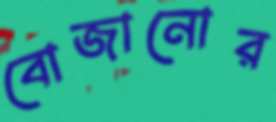
বোজানোর